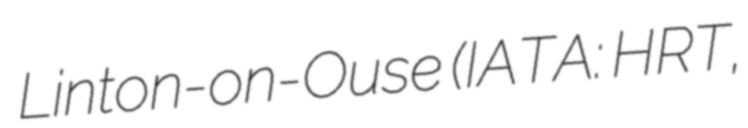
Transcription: Linton-on-Ouse (IATA: HRT,